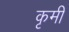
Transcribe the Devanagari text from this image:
कृमीं